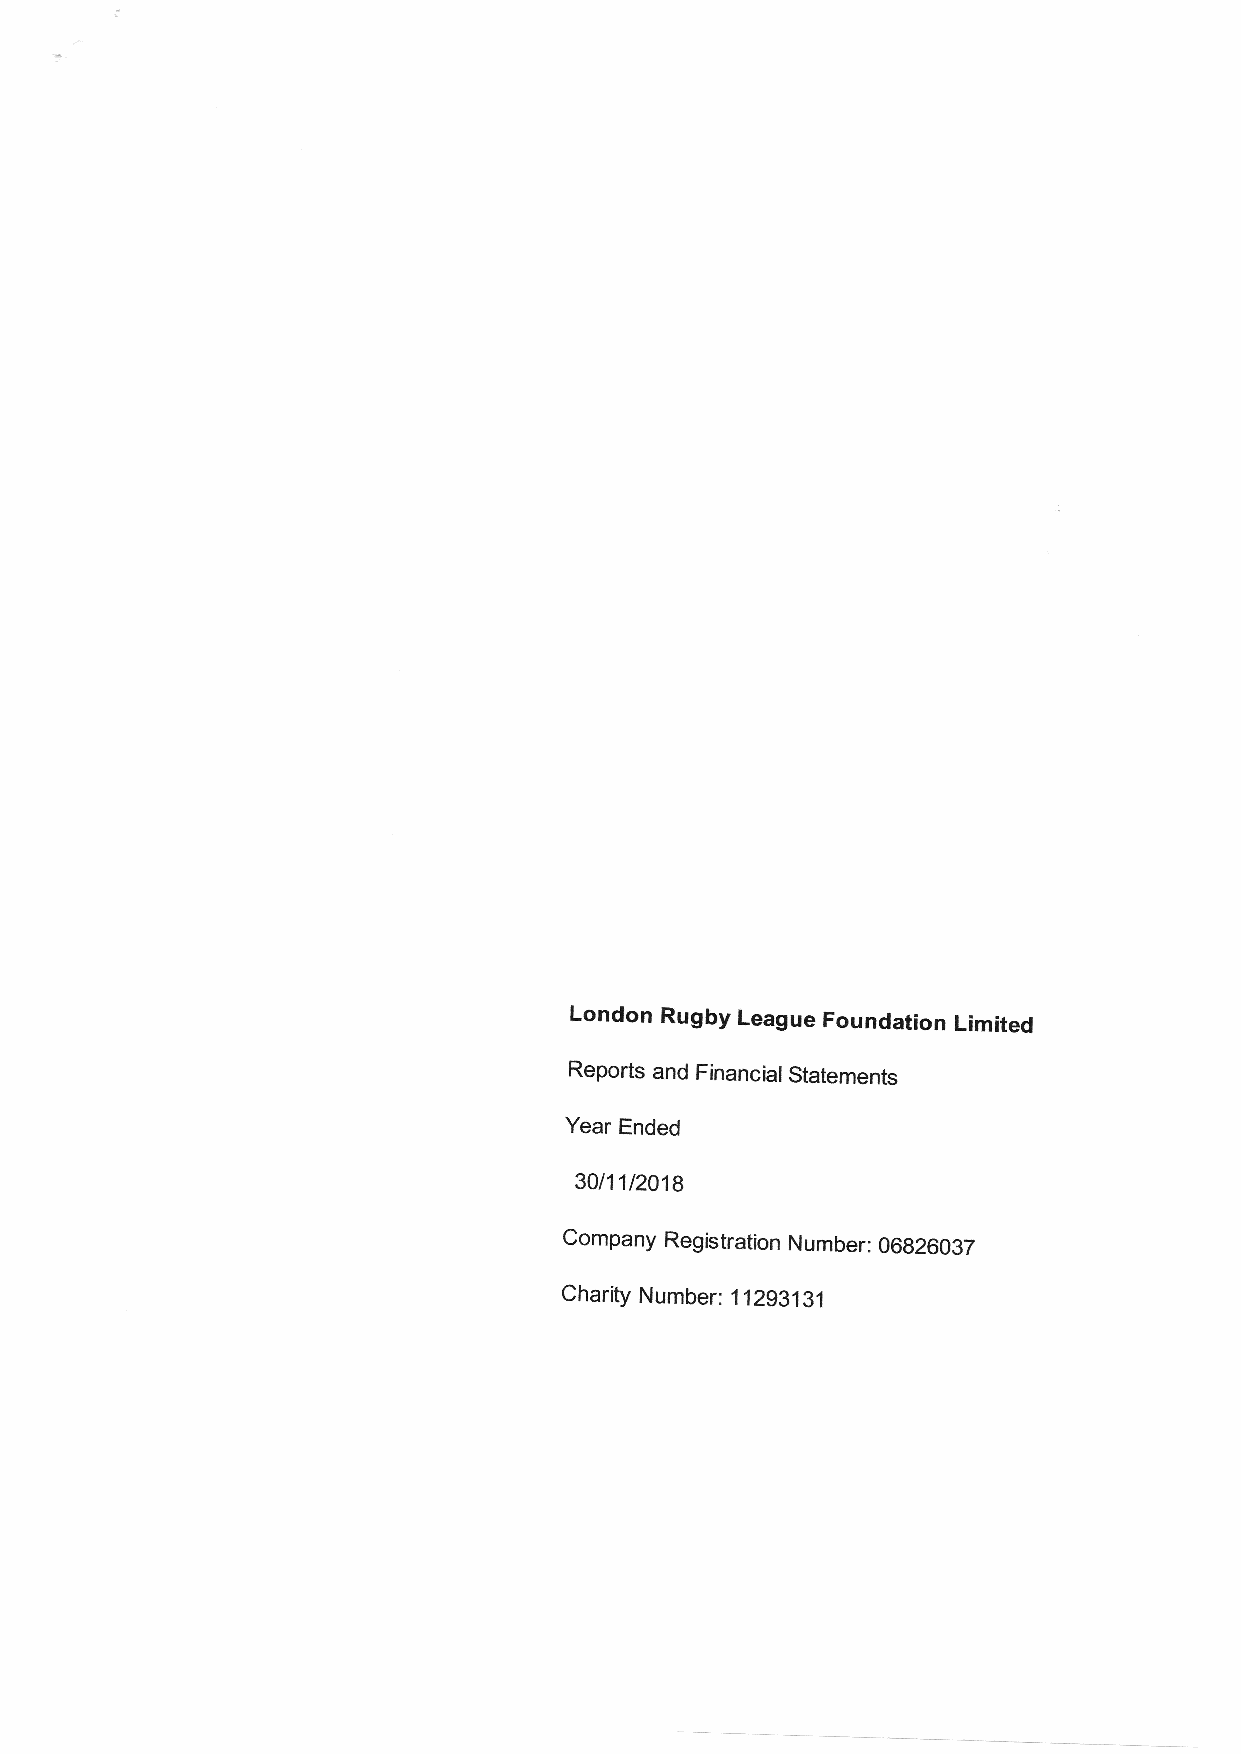
London Rugby League Foundation Limited
 Reports and Financial Statements
 Year Ended
 30t11t2018
 company Registration Number: 06 gzilaa1
 Charity Number: 11295131